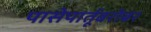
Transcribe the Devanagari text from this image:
पासेपार्तूबरोबर